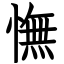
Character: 憮